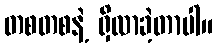
တစတစနဲ့ ရှိလာခဲ့တာပါ။